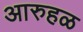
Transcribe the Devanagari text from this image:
आरुहळ